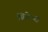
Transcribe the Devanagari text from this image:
ग्रिफ़ेथ्स